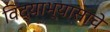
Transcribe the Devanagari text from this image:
विद्याभ्यासाचे